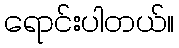
ရောင်းပါတယ်။